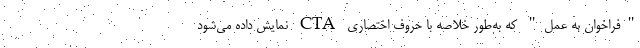
"فراخوان به عمل" که به‌طور خلاصه با حروف اختصاری CTA نمایش داده می‌شود